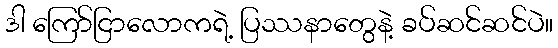
ဒါ ကြော်ငြာလောကရဲ့ ပြဿနာတွေနဲ့ ခပ်ဆင်ဆင်ပဲ။